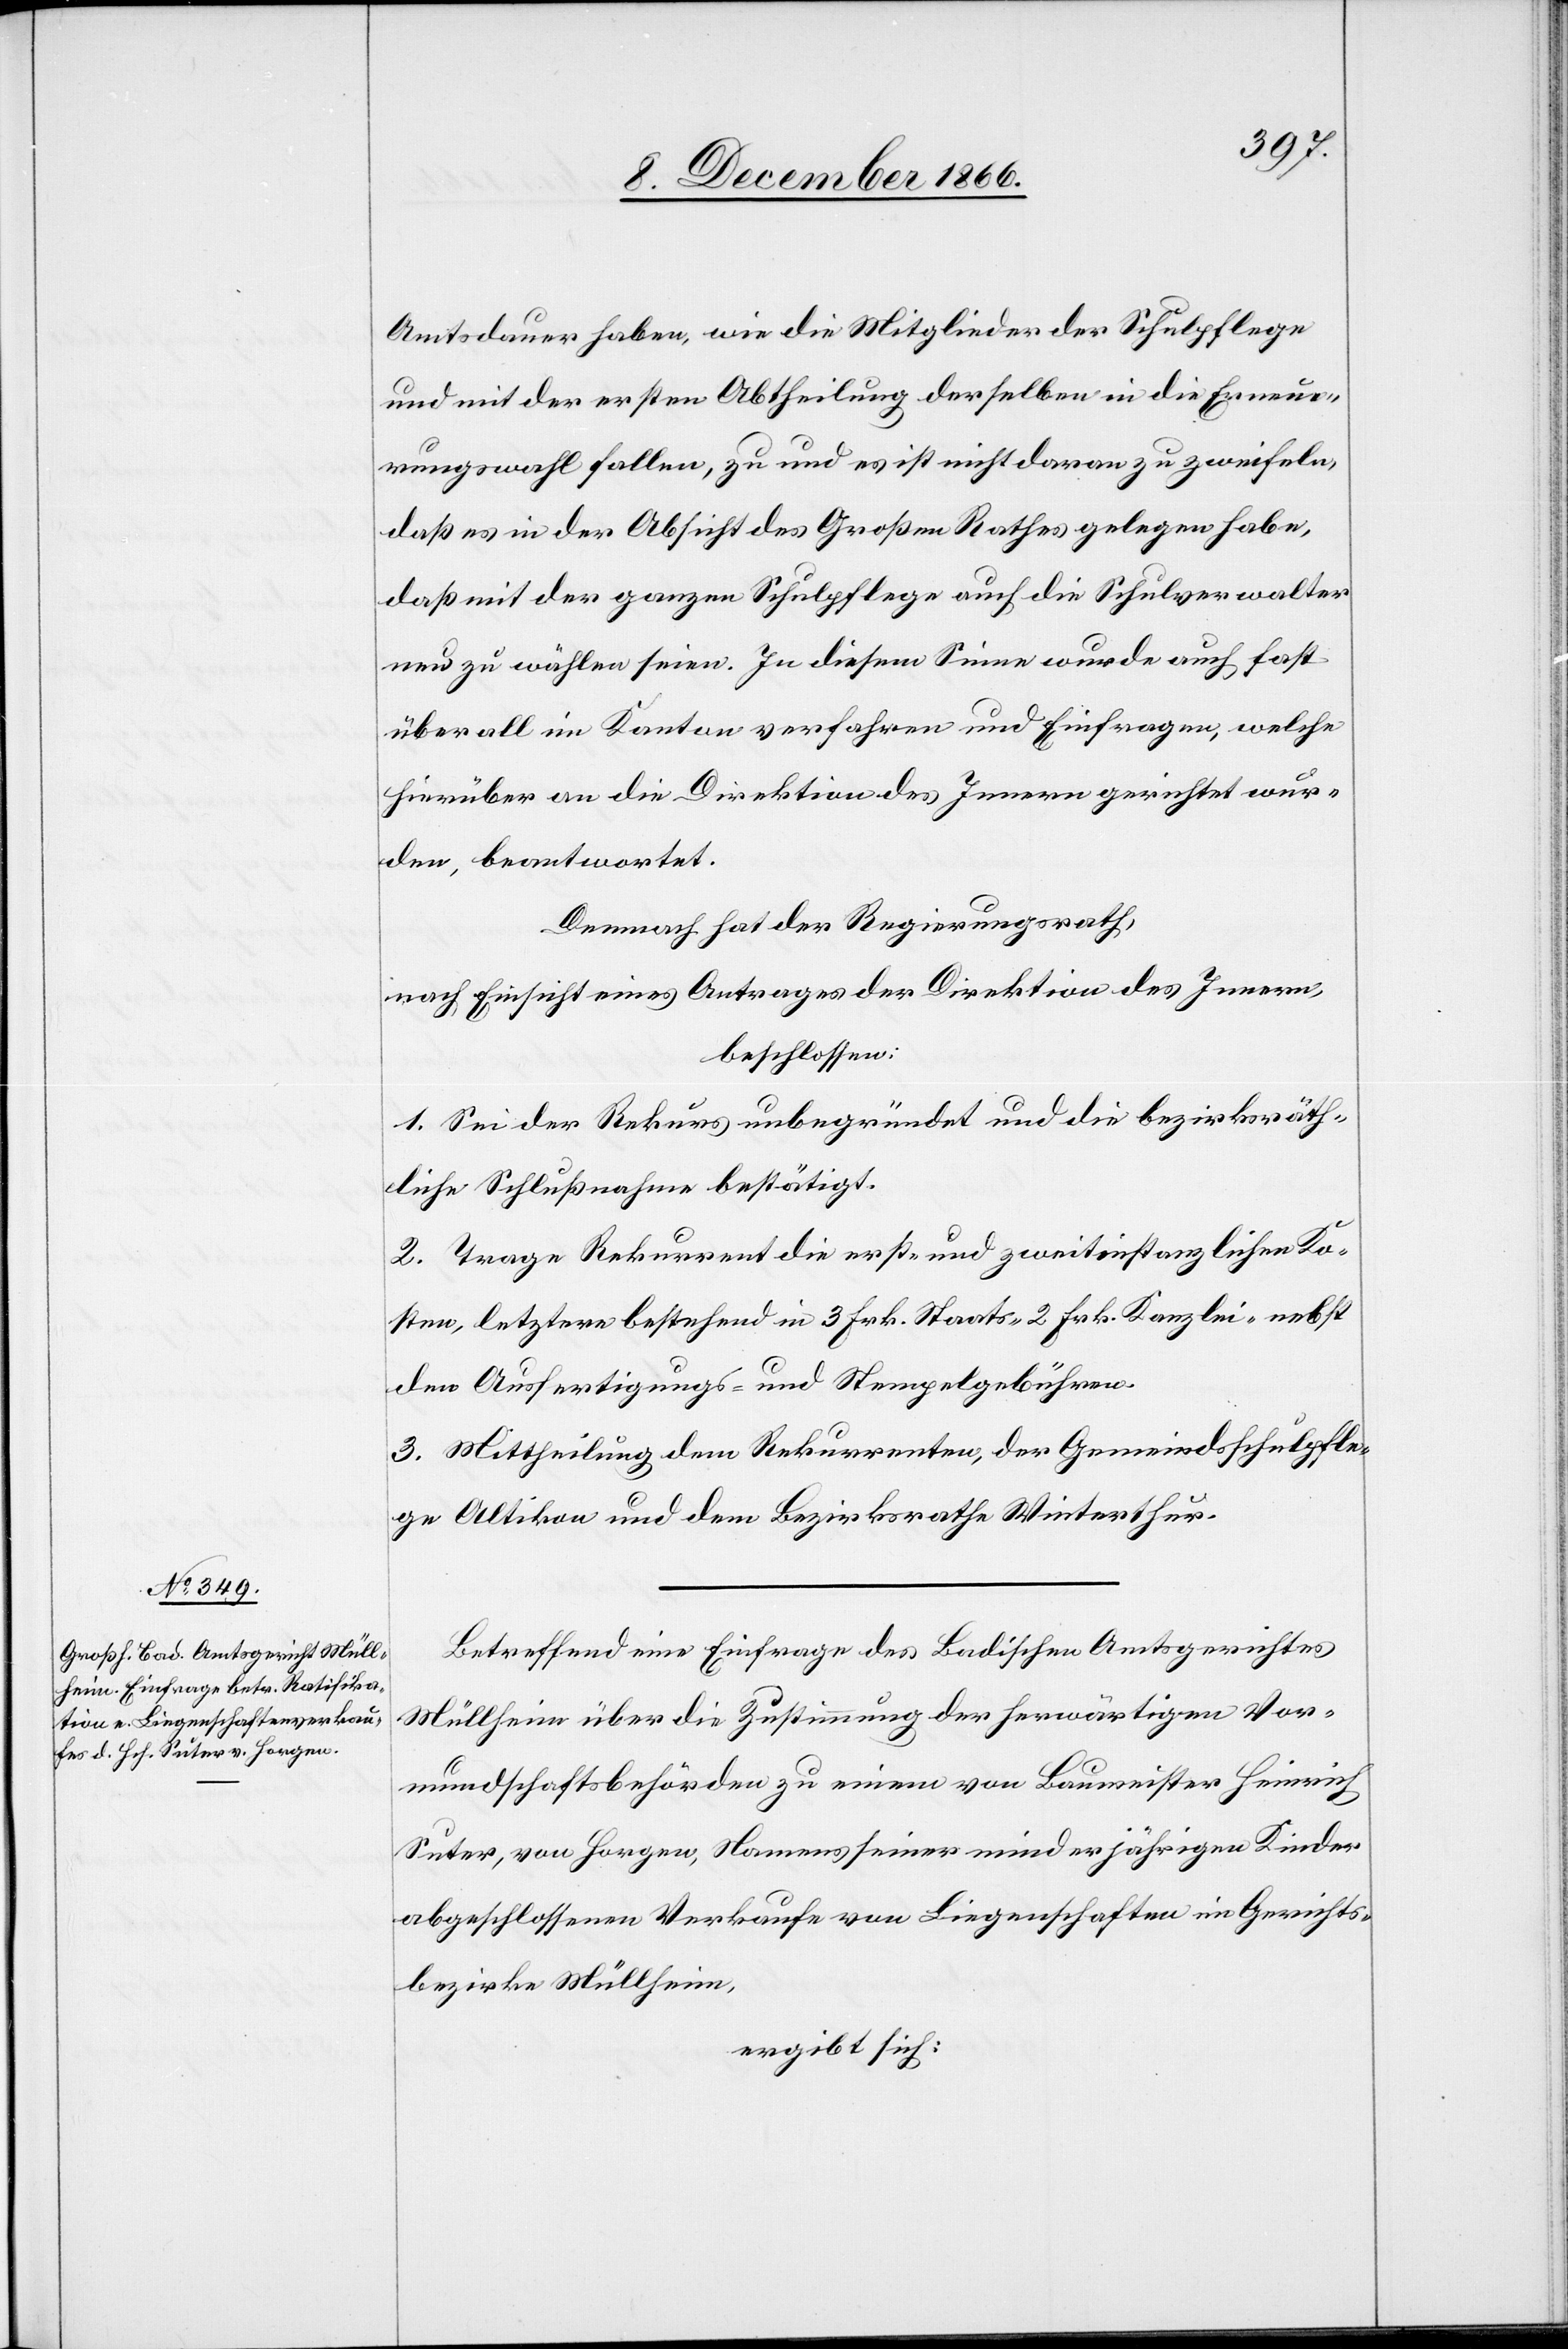
Amtsdauer haben, wie die Mitglieder der Schulpflege
und mit der ersten Abtheilung derselben in die Erneue¬
rungswahl fallen, zu und es ist nicht daran zu zweifeln,
daß es in der Absicht des Großen Rathes gelegen habe,
daß mit der ganzen Schulpflege auch die Schulverwalter
neu zu wählen seien. In diesem Sinne wurde auch fast
überall im Kanton verfahren und Einfragen, welche
hierüber an die Direktion des Innern gerichtet wur¬
den, beantwortet.
Demnach hat der Regierungsrath,
nach Einsicht eines Antrages der Direktion des Innern,
beschlossen:
1. Sei der Rekurs unbegründet und die bezirksräth¬
liche Schlußnahme bestätigt.
2. Trage Rekurrent die erst- und zweitinstanzlichen Ko¬
sten, letztere bestehend in 3 Frk. Staats-[,] 2 Frk. Kanzlei- nebst
den Ausfertigungs- und Stempelgebühren.
3. Mittheilung dem Rekurrenten, der Gemeindsschulpfle¬
ge Altikon und dem Bezirksrathe Winterthur.
Betreffend eine Einfrage des Badischen Amtsgerichtes
Müllheim über die Zustimmung der herwärtigen Vor¬
mundschaftsbehörden zu einem von Baumeister Heinrich
Suter, von Horgen, Namens seiner minderjährigen Kinder
abgeschlossenen Verkaufe von Liegenschaften im Gerichts¬
bezirke Müllheim,
ergibt sich: